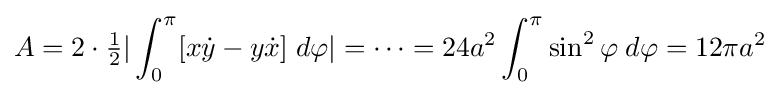
A=2\cdot {\tfrac {1}{2}}|\int _{0}^{\pi }[x{\dot {y}}-y{\dot {x}}]\;d\varphi |=\cdots =24a^{2}\int _{0}^{\pi }\sin ^{2}\varphi \;d\varphi =12\pi a^{2}